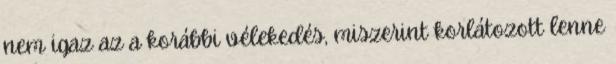
nem igaz az a korábbi vélekedés, miszerint korlátozott lenne